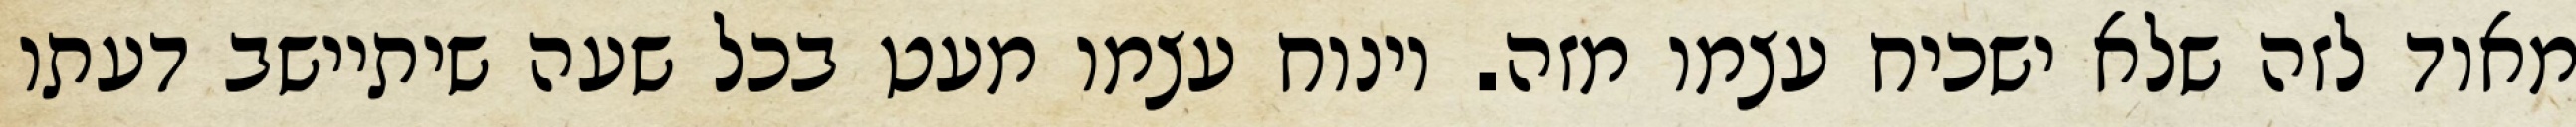
מאוד לזה שלא ישכיח עצמו מזה. וינוח עצמו מעט בכל שעה שיתיישב דעתו